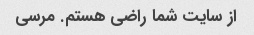
از سایت شما راضی هستم. مرسی